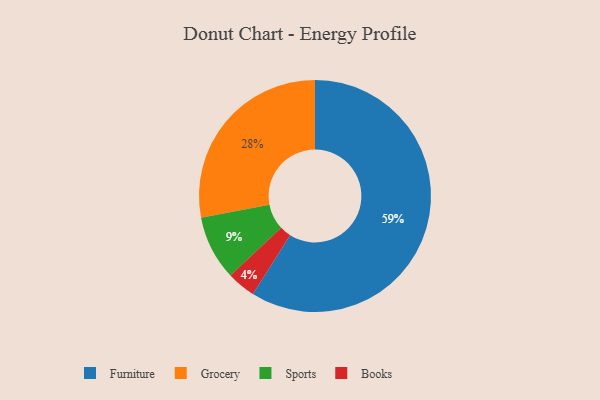
{"axis": {"x": "Category", "y": "Percentage"}, "legend": ["Books", "Furniture", "Grocery", "Sports"], "data": [{"x": "Grocery", "y": 28, "type": "Grocery"}, {"x": "Sports", "y": 9, "type": "Sports"}, {"x": "Books", "y": 4, "type": "Books"}, {"x": "Furniture", "y": 59, "type": "Furniture"}]}